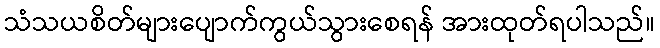
သံသယစိတ်များပျောက်ကွယ်သွားစေရန် အားထုတ်ရပါသည်။